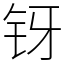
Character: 䥺